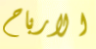
الارباح